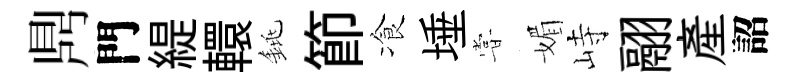
𪔂門緹轘銚節飡埵甞媚峙翮産詔